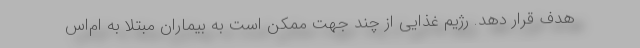
هدف قرار دهد. رژیم غذایی از چند جهت ممکن است به بیماران مبتلا به ام‌اس